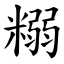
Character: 糑